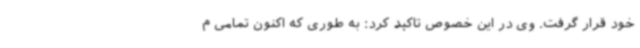
خود قرار گرفت. وی در این خصوص تاکید کرد: به طوری که اکنون تمامی م